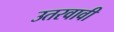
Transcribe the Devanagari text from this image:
उतरवावी